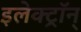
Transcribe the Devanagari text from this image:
इलेक्ट्रॉन्